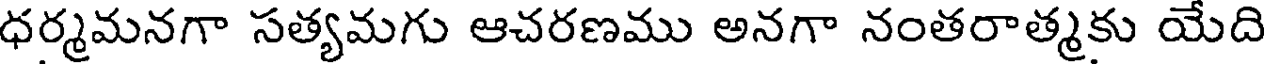
ధర్మమనగా సత్యమగు ఆచరణము అనగా నంతరాత్మకు యేది